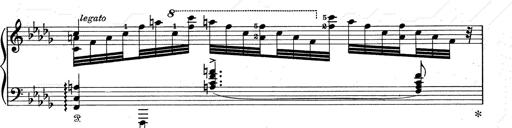
Title: Walhall aus Der Ring des Nibelungen
Composer: Franz Liszt